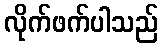
လိုက်ဖက်ပါသည်